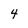
Character: 4